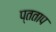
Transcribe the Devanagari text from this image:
प्तताप